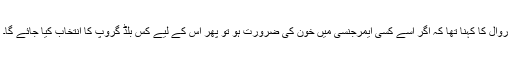
روال کا کہنا تھا کہ اگر اسے کسی ایمرجنسی میں خون کی ضرورت ہو تو پھر اس کے لیے کس بلڈ گروپ کا انتخاب کیا جائے گا۔